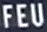
FEU